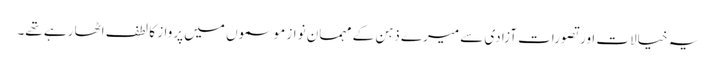
یہ خیالات اور تصورات آزادی سے میرے ذہن کے مہمان نواز موسموں میں پرواز کا لطف اٹھا رہے تھے۔